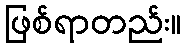
ဖြစ်ရာတည်း။